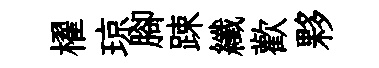
櫂琼腳踈纖歡夥